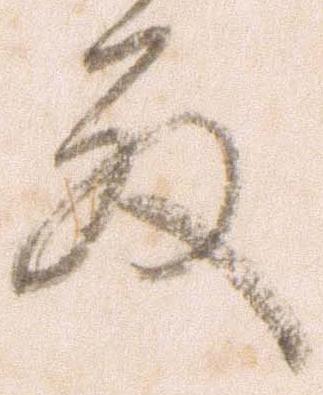
殿